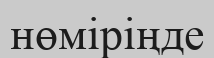
нөміріңде